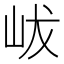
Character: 𡶖